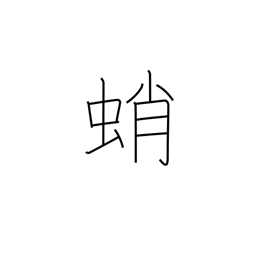
Meaning: octopus